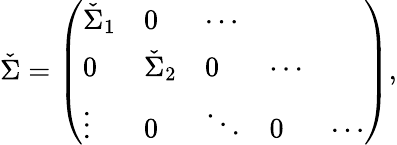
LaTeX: \check{\Sigma}=\left(\begin{array}{lllll}{\check{\Sigma}_{1}}&{0}&{\cdots}&{}&{}\\ {0}&{\check{\Sigma}_{2}}&{0}&{\cdots}&{}\\ {\vdots}&{0}&{\ddots}&{0}&{\cdots}\end{array}\right),